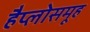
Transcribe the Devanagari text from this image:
हैप्लोसमूह